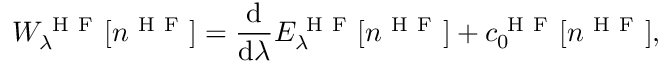
W _ { \lambda } ^ { \mathrm { ~ H ~ F ~ } } [ n ^ { \mathrm { ~ H ~ F ~ } } ] = \frac { \mathrm { d } } { \mathrm { d } \lambda } E _ { \lambda } ^ { \mathrm { ~ H ~ F ~ } } [ n ^ { \mathrm { ~ H ~ F ~ } } ] + c _ { 0 } ^ { \mathrm { ~ H ~ F ~ } } [ n ^ { \mathrm { ~ H ~ F ~ } } ] ,